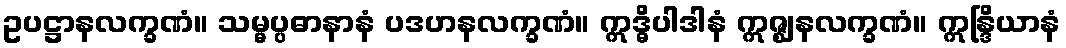
ဥပဋ္ဌာနလက္ခဏံ။ သမ္မပ္ပဓာနာနံ ပဒဟနလက္ခဏံ။ ဣဒ္ဓိပါဒါနံ ဣဇ္ဈနလက္ခဏံ။ ဣန္ဒြိယာနံ